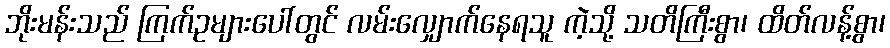
ဘိုးမန်းသည် ကြက်ဥများပေါ်တွင် လမ်းလျှောက်နေရသူ ကဲ့သို့ သတိကြီးစွာ၊ ထိတ်လန့်စွာ၊